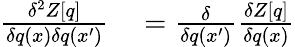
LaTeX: \begin{array}{rl}{\frac{\delta^{2}Z[q]}{\delta q(x)\delta q(x^{\prime})}}&{{}=\frac{\delta}{\delta q(x^{\prime})}\frac{\delta Z[q]}{\delta q(x)}}\end{array}